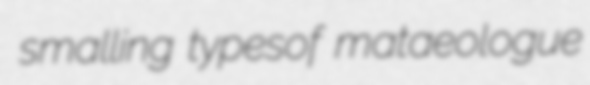
smalling typesof mataeologue